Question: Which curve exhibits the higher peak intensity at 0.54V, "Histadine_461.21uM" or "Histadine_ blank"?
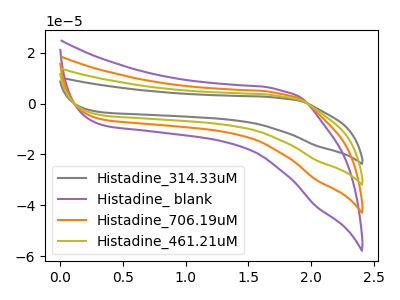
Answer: <think>The gray curve "Histadine_314.33uM" has no peaks. The purple curve "Histadine_ blank" has no peaks. The orange curve "Histadine_706.19uM" has no peaks. The olive curve "Histadine_461.21uM" has no peaks.</think>
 <answer>"Histadine_461.21uM" and "Histadine_ blank" dont share a peak at 0.54V.</answer>
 <eval>mismatch</eval>